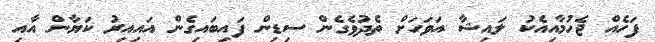
ފަހެއް ޖެހުމާއިއެކު ލައިޝާ އަވަހަށް ތެދުވެގެން ސިޑިން ފައިބައިގެން އައިއިރު ކަޔާން އާއި